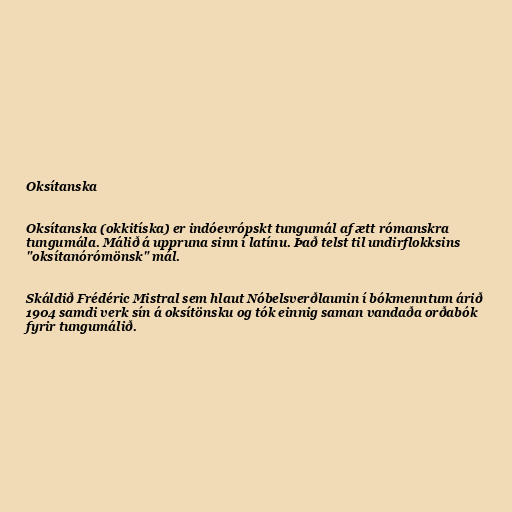
Oksítanska

Oksítanska (okkitíska) er indóevrópskt tungumál af ætt rómanskra
tungumála. Málið á uppruna sinn í latínu. Það telst til undirflokksins
"oksítanórómönsk" mál.

Skáldið Frédéric Mistral sem hlaut Nóbelsverðlaunin í bókmenntum árið
1904 samdi verk sín á oksítönsku og tók einnig saman vandaða orðabók
fyrir tungumálið.